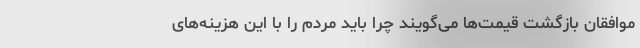
موافقان بازگشت قیمت‌ها می‌گویند چرا باید مردم را با این هزینه‌های